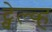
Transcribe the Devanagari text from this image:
ट्वेल्व्ह